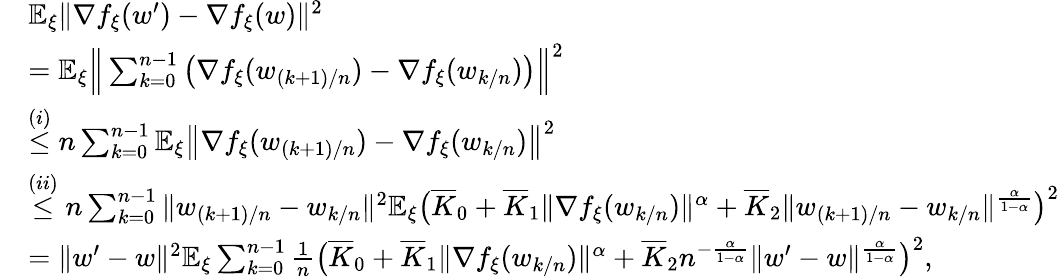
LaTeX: \begin{array}{rl}&{\mathbb{E}_{\xi}\| \nabla f_{\xi}(w^{\prime})-\nabla f_{\xi}(w)\| ^{2}}\\ &{=\mathbb{E}_{\xi}\Big\| \sum_{k=0}^{n-1}\big(\nabla f_{\xi}(w_{(k+1)/n})-\nabla f_{\xi}(w_{k/n})\big)\Big\| ^{2}}\\ &{\overset{(i)}{\le}n\sum_{k=0}^{n-1}\mathbb{E}_{\xi}\big\| \nabla f_{\xi}(w_{(k+1)/n})-\nabla f_{\xi}(w_{k/n})\big\| ^{2}}\\ &{\overset{(ii)}{\le}n\sum_{k=0}^{n-1}\| w_{(k+1)/n}-w_{k/n}\| ^{2}\mathbb{E}_{\xi}\big(\overline{{K}}_{0}+\overline{{K}}_{1}\| \nabla f_{\xi}(w_{k/n})\| ^{\alpha}+\overline{{K}}_{2}\| w_{(k+1)/n}-w_{k/n}\| ^{\frac{\alpha}{1-\alpha}}\big)^{2}}\\ &{=\| w^{\prime}-w\| ^{2}\mathbb{E}_{\xi}\sum_{k=0}^{n-1}\frac{1}{n}\big(\overline{{K}}_{0}+\overline{{K}}_{1}\| \nabla f_{\xi}(w_{k/n})\| ^{\alpha}+\overline{{K}}_{2}n^{-\frac{\alpha}{1-\alpha}}\| w^{\prime}-w\| ^{\frac{\alpha}{1-\alpha}}\big)^{2},}\end{array}